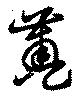
簠